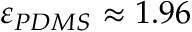
\varepsilon _ { P D M S } \approx 1 . 9 6